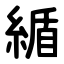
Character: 䋸